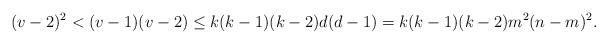
LaTeX: \begin{align*}(v-2)^2<(v-1)(v-2)\leq k(k-1)(k-2)d(d-1)=k(k-1)(k-2)m^2(n-m)^2.\end{align*}